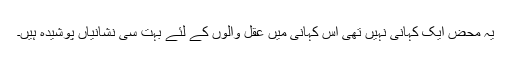
یہ محض ایک کہانی نہیں تھی اس کہانی میں عقل والوں کے لئے بہت سی نشانیاں پوشیدہ ہیں۔